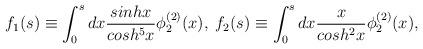
LaTeX: \begin{align*}f_{1}(s) \equiv \int^{s}_{0} dx \frac{sinh x}{cosh^{5}x} \phi^{(2)}_{2}(x), \;f_{2}(s) \equiv \int^{s}_{0} dx \frac{x}{cosh^{2}x} \phi^{(2)}_{2}(x),\end{align*}